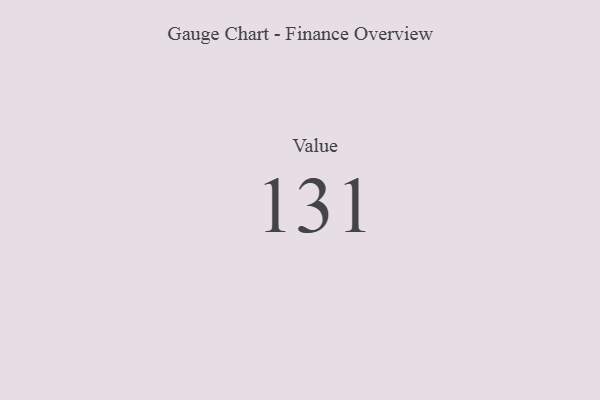
{"axis": {"x": "Metric", "y": "Value"}, "legend": [""], "data": [{"x": "Value", "y": 131, "type": ""}]}